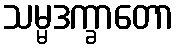
သမ္မဒက္ခာတော